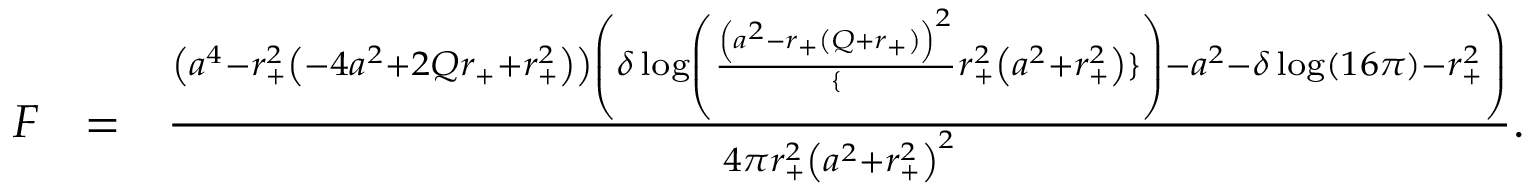
\begin{array} { r l r } { F } & { = } & { \frac { \left( a ^ { 4 } - r _ { + } ^ { 2 } \left( - 4 a ^ { 2 } + 2 Q r _ { + } + r _ { + } ^ { 2 } \right) \right) \left( \delta \log \left( \frac { \left( a ^ { 2 } - r _ { + } \left( Q + r _ { + } \right) \right) ^ { 2 } } \{ r _ { + } ^ { 2 } \left( a ^ { 2 } + r _ { + } ^ { 2 } \right) \} \right) - a ^ { 2 } - \delta \log ( 1 6 \pi ) - r _ { + } ^ { 2 } \right) } { 4 \pi r _ { + } ^ { 2 } \left( a ^ { 2 } + r _ { + } ^ { 2 } \right) ^ { 2 } } . } \end{array}